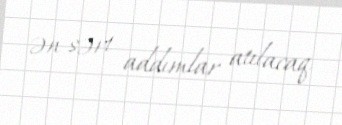
ən sərt addımlar atılacaq.